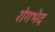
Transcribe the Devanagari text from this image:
रोगभेद